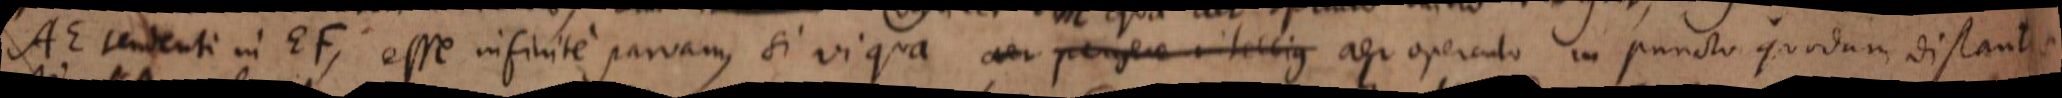
AE tendenti in EF, esse infinite parvam, si vi qua aer pergere intellig aer operculo in puncto quodam distantiae